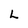
Character: L